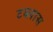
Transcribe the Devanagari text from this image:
टब्लास